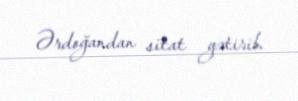
Ərdoğandan sitat gətirib.